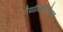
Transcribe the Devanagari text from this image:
नैयायिकदर्शनम्